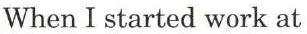
When I started work at